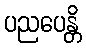
ပညပေန္တိ